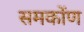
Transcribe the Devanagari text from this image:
समकोंण